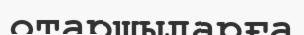
отаршыларға